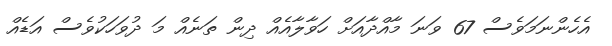
އެހެންނަމަވެސް 67 ވަނަ މާއްދާއަށް ހަވާލާއެއް ދިން ތަނެއް މަ ދުވަހަކުވެސް އަޑެއް